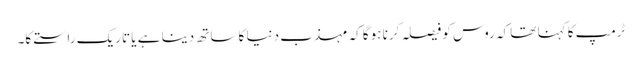
ٹرمپ کا کہنا تھا کہ روس کو فیصلہ کرنا ہوگا کہ مہذب دنیا کا ساتھ دینا ہے یا تاریک راستے کا۔